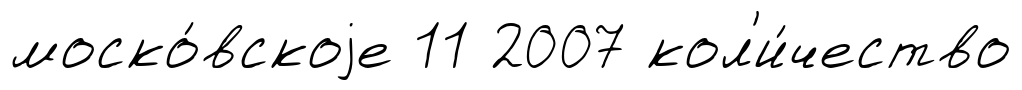
моско́вскоjе 11 2007 кол'и́чество